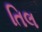
તિલ